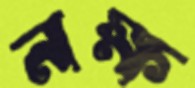
নক্ষ